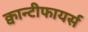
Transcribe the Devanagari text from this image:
क्वान्टीफायर्स